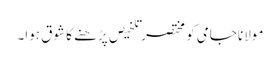
مولانا جامی کو مختصر تلخیص پڑھنے کا شوق ہوا۔